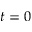
t = 0